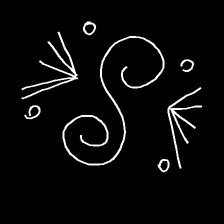
Glyph: aeroform